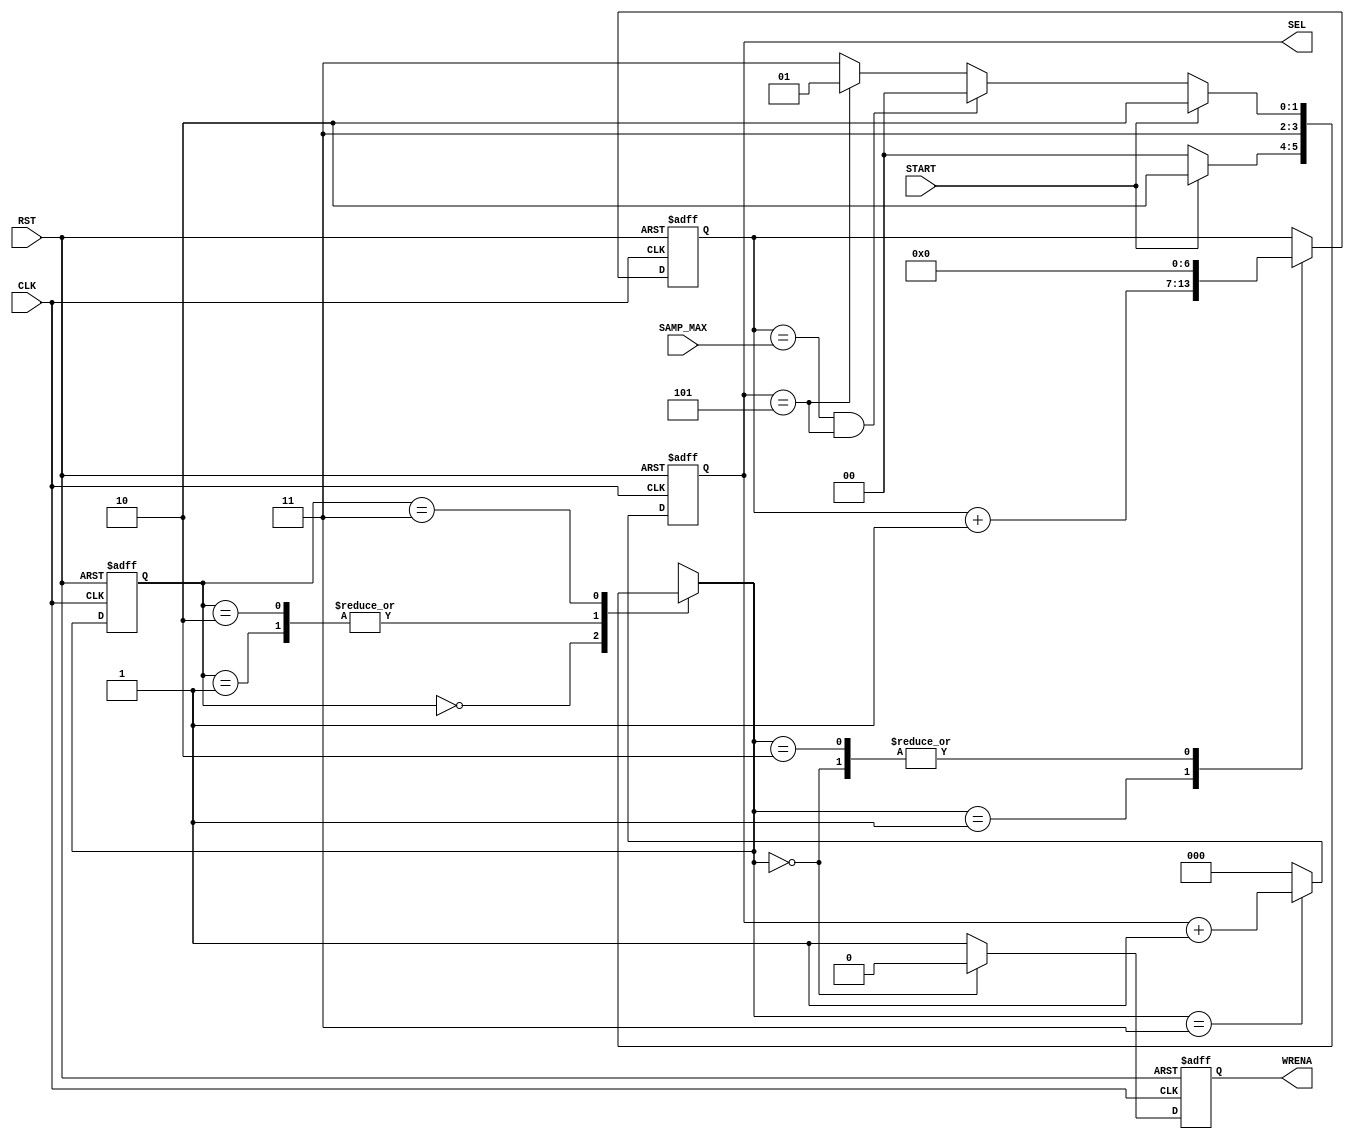

// Created by fizzim_tmr.pl version $Revision: 4.44 on 2014:08:26 at 12:51:22 (www.fizzim.com)

module FIFO_Load_FSM (
  output reg [2:0] SEL,
  output reg WRENA,
  input CLK,
  input RST,
  input wire [6:0] SAMP_MAX,
  input START 
);

  // state bits
  parameter 
  Idle     = 2'b00, 
  Nxt_Samp = 2'b01, 
  Rst_Samp = 2'b10, 
  Transfer = 2'b11; 

  reg [1:0] state;

  reg [1:0] nextstate;

  reg [6:0] sample;

  // comb always block
  always @* begin
    nextstate = 2'bxx; // default to x because default_state_is_x is set
    case (state)
      Idle    : if      (START)                              nextstate = Rst_Samp;
                else                                         nextstate = Idle;
      Nxt_Samp:                                              nextstate = Transfer;
      Rst_Samp:                                              nextstate = Transfer;
      Transfer: if      (START)                              nextstate = Rst_Samp;
                else if (sample == SAMP_MAX && SEL == 3'd5)  nextstate = Idle;
                else if (SEL == 3'd5)                        nextstate = Nxt_Samp;
                else                                         nextstate = Transfer;
    endcase
  end

  // Assign reg'd outputs to state bits

  // sequential always block
  always @(posedge CLK or posedge RST) begin
    if (RST)
      state <= Idle;
    else
      state <= nextstate;
  end

  // datapath sequential always block
  always @(posedge CLK or posedge RST) begin
    if (RST) begin
      SEL <= 3'h0;
      WRENA <= 0;
      sample <= 7'h00;
    end
    else begin
      SEL <= 3'h0; // default
      WRENA <= 1; // default
      sample <= sample; // default
      case (nextstate)
        Idle    : begin
                         WRENA <= 0;
                         sample <= 7'h00;
        end
        Nxt_Samp:        sample <= sample + 1;
        Rst_Samp:        sample <= 7'h00;
        Transfer:        SEL <= SEL + 1;
      endcase
    end
  end

  // This code allows you to see state names in simulation
  `ifndef SYNTHESIS
  reg [63:0] statename;
  always @* begin
    case (state)
      Idle    : statename = "Idle";
      Nxt_Samp: statename = "Nxt_Samp";
      Rst_Samp: statename = "Rst_Samp";
      Transfer: statename = "Transfer";
      default : statename = "XXXXXXXX";
    endcase
  end
  `endif

endmodule